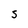
Character: S